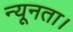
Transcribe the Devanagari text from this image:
न्यूनता।